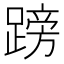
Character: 䠙